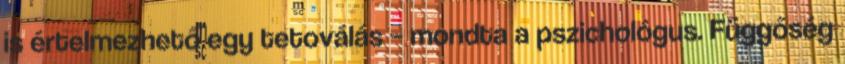
is értelmezhető egy tetoválás – mondta a pszichológus. Függőség